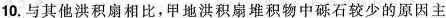
10.与其他洪积扇相比，甲地洪积扇堆积物中砾石较少的原因主